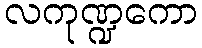
လကုဏ္ဍကော